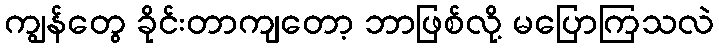
ကျွန်တွေ ခိုင်းတာကျတော့ ဘာဖြစ်လို့ မပြောကြသလဲ